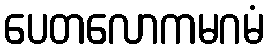
ပေတလောကမဂမံ